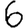
Digit: 6